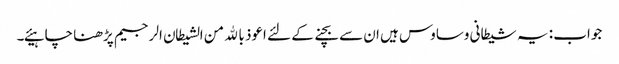
جواب : یہ شیطانی وساوس ہیں ان سے بچنے کے لئے اعوذ بالله من الشیطان الرجیم پڑھنا چاہیئے۔